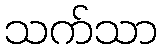
သက်သာ